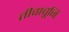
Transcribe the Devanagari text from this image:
तीवाचूनि